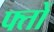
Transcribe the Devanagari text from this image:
फ्तों